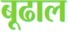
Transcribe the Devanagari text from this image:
बूढाल